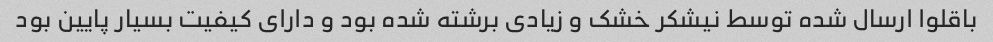
باقلوا ارسال شده توسط نیشکر خشک و زیادی برشته شده بود و دارای کیفیت بسیار پایین بود